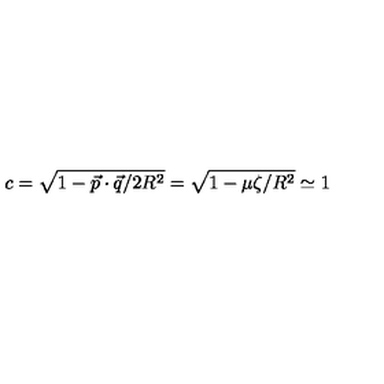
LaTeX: c = \sqrt { 1 - { { \vec { p } } \cdot { \vec { q } } / 2 R ^ { 2 } } } = \sqrt { 1 - { \mu \zeta / R ^ { 2 } } } \simeq 1